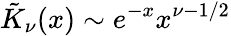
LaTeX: \tilde{K}_{\nu}(x)\sim e^{-x}x^{\nu-1/2}